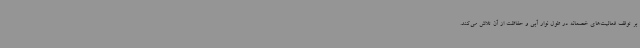
بر توقف فعالیت‌های خصمانه در طول نوار آبی و حفاظت از آن تلاش می‌کند.